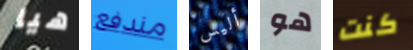
هيا مندفع أليس هو كنت